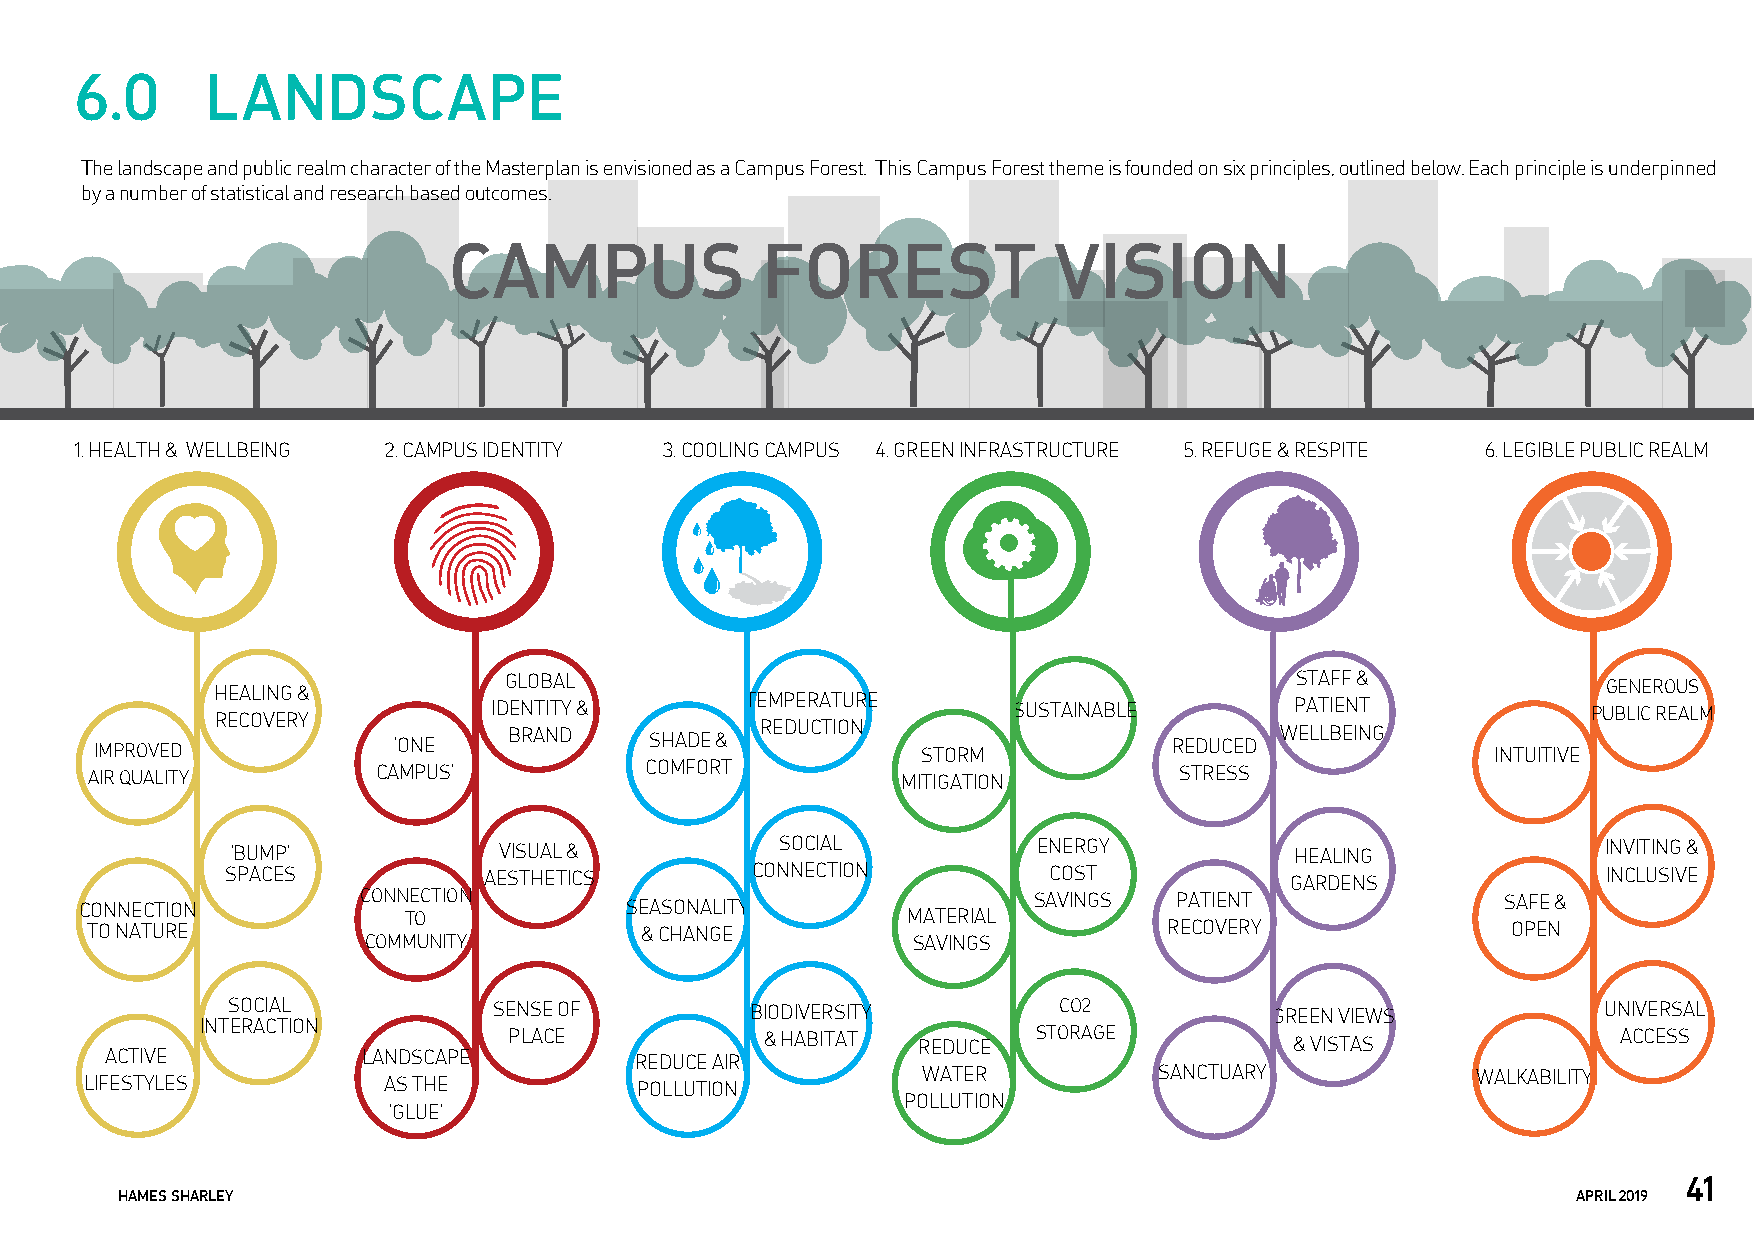
6.0      LANDSCAPE
 The landscape and public realm character of the Masterplan is envisioned as a Campus Forest. This Campus Forest theme is founded on six principles, outlined below. Each principle is underpinned
 by a number of statistical and research based outcomes.
 CAMPUS              FOREST              VISION
 1. HEALTH & WELLBEING 2. CAMPUS IDENTITY 3. COOLING CAMPUS 4. GREEN INFRASTRUCTURE 5. REFUGE & RESPITE 6. LEGIBLE PUBLIC REALM
 GLOBAL                                               STAFF &             GENEROUS
 HEALING &
 IDENTITY &      TEMPERATURE       SUSTAINABLE        PATIENT            PUBLIC REALM
 RECOVERY
 IMPROVED            ‘ONE    BRAND    SHADE & REDUCTION STORM            REDUCED WELLBEING    INTUITIVE
 AIR QUALITY        CAMPUS’           COMFORT          MITIGATION        STRESS
 ‘BUMP’            VISUAL &           SOCIAL           ENERGY           HEALING             INVITING &
 SPACES           AESTHETICS        CONNECTION         COST            GARDENS              INCLUSIVE
 CONNECTION         CONN TE OC T I O N SEASONALITY      MATERIAL SAVINGS  PATIENT               SAFE &
 TO NATURE                           & CHANGE                           RECOVERY               OPEN
 COMMUNITY                           SAVINGS
 SOCIAL            SENSE OF         BIODIVERSITY        CO2           GREEN VIEWS           UNIVERSAL
 INTERACTION
 PLACE            & HABITAT REDUCE  STORAGE          & VISTAS             ACCESS
 ACTIVE           LANDSCAPE         REDUCE AIR
 WATER           SANCTUARY            WALKABILITY
 LIFESTYLES         AS THE           POLLUTION
 POLLUTION
 ‘GLUE’
 41
 HAMES SHARLEY                                                                                   APRIL 2019